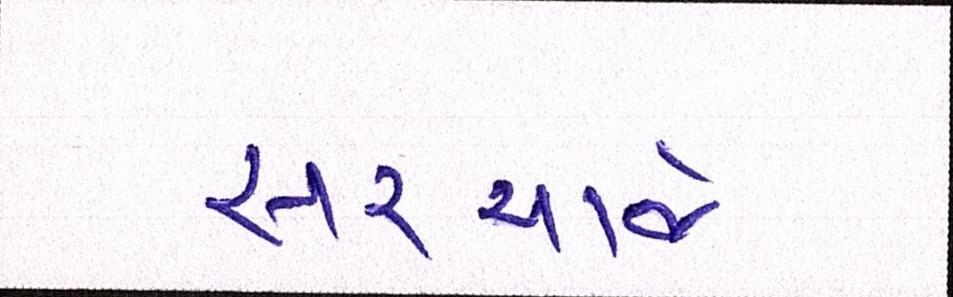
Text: સરચાર્જ